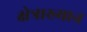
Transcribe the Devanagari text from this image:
क्षेत्राख्यान